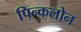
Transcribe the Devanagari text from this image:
पिन्कलोन